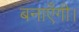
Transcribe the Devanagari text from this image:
बनाएँगी।